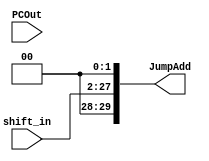
module Jump_Address (shift_in, PCOut, JumpAdd);
	input [25:0] shift_in;
	input [3:0] PCOut;
	output [31:0] JumpAdd;
	assign JumpAdd[27:0]={PCOut,2'b00,shift_in[25:0],2'b00};
endmodule